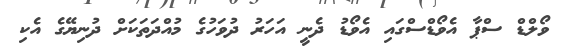
ވޯލްޑް ސްޕާ އެވޯޑްސްގައި އެވޯޑު ދެނީ އަހަރު ދުވަހުގެ މުއްދަތަކަށް ދުނިޔޭގެ އެކި